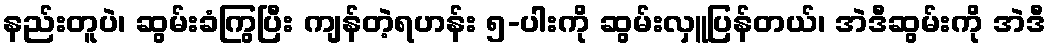
နည်းတူပဲ၊ ဆွမ်းခံကြွပြီး ကျန်တဲ့ရဟန်း ၅-ပါးကို ဆွမ်းလှူပြန်တယ်၊ အဲဒီဆွမ်းကို အဲဒီ